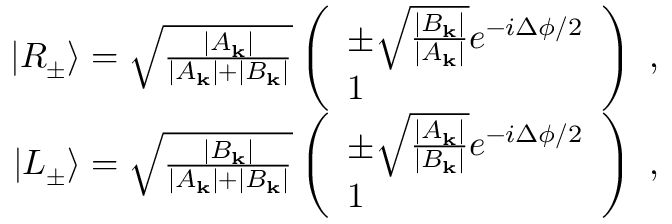
\begin{array} { r } { | R _ { \pm } \rangle = \sqrt { \frac { | A _ { \mathbf { k } } | } { | A _ { \mathbf { k } } | + | B _ { \mathbf { k } } | } } \left( \begin{array} { l } { \pm \sqrt { \frac { | B _ { \mathbf { k } } | } { | A _ { \mathbf { k } } | } } e ^ { - i \Delta \phi / 2 } } \\ { 1 } \end{array} \right) \textrm { , } } \\ { | L _ { \pm } \rangle = \sqrt { \frac { | B _ { \mathbf { k } } | } { | A _ { \mathbf { k } } | + | B _ { \mathbf { k } } | } } \left( \begin{array} { l } { \pm \sqrt { \frac { | A _ { \mathbf { k } } | } { | B _ { \mathbf { k } } | } } e ^ { - i \Delta \phi / 2 } } \\ { 1 } \end{array} \right) \textrm { , } } \end{array}